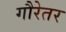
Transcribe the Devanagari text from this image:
गौरेतर